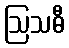
ဩသဓီ